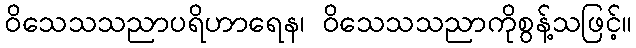
ဝိသေသသညာပရိဟာရေန၊ ဝိသေသသညာကိုစွန့်သဖြင့်။